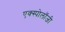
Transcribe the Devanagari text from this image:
एक्स्पोलॉजी